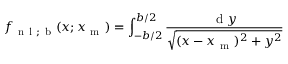
f _ { \mathrm { ~ n ~ l ~ ; ~ b ~ } } ( x ; x _ { \mathrm { ~ m ~ } } ) = \int _ { - b / 2 } ^ { b / 2 } \frac { \mathrm { ~ d ~ } y } { \sqrt { ( x - x _ { \mathrm { ~ m ~ } } ) ^ { 2 } + y ^ { 2 } } }